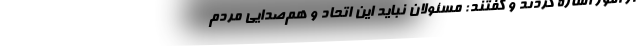
از امور اشاره کردند و گفتند: مسئولان نباید این اتحاد و هم‌صدایی مردم